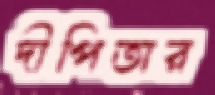
দীপিতার